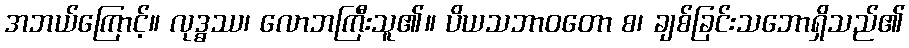
အဘယ်ကြောင့်။ လုဒ္ဓဿ၊ လောဘကြီးသူ၏။ ပိယသဘာဝတော စ၊ ချစ်ခြင်းသဘောရှိသည်၏